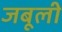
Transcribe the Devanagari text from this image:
जबूली